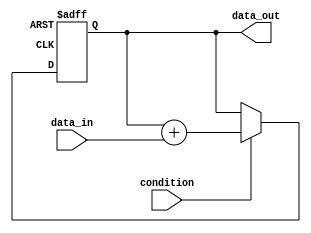
module Loop (
    input wire condition,
    input wire [7:0] data_in,
    output reg [7:0] data_out
);

always @ (posedge clk or negedge rst) begin
    if (!rst) begin
        data_out <= 8'b0;
    end else begin
        if (condition) begin
            // Perform some operation on data_out based on data_in
            data_out <= data_out + data_in;
        end else begin
            // Terminate the loop
            // Perform any final operations before exiting
        end
    end
end

endmodule